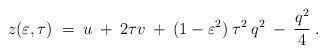
LaTeX: \begin{align*}z(\varepsilon, \tau) \;=\; u \:+\: 2 \tau v \:+\: (1-\varepsilon^2)\:\tau^2\:q^2 \:-\: \frac{q^2}{4}\;.\end{align*}